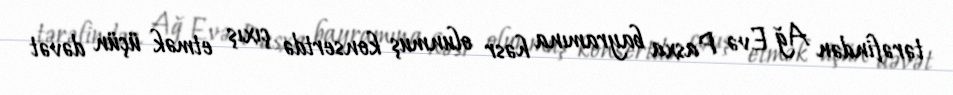
tərəfindən Ağ Evə Pasxa bayramına həsr olunmuş konsertdə çıxış etmək üçün dəvət